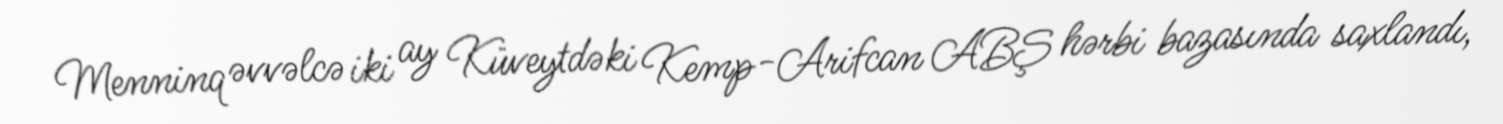
Menninq əvvəlcə iki ay Küveytdəki Kemp-Arifcan ABŞ hərbi bazasında saxlandı,